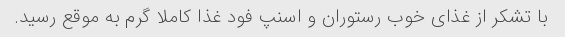
با تشکر از غذای خوب رستوران و اسنپ فود غذا کاملا گرم به موقع رسید.